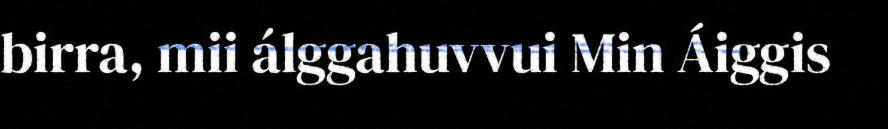
birra, mii álggahuvvui Min Áiggis